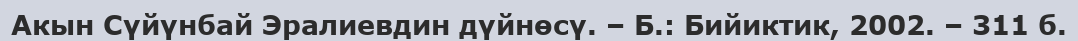
Акын Сүйүнбай Эралиевдин дүйнөсү. – Б.: Бийиктик, 2002. – 311 б.